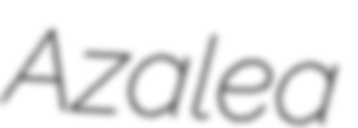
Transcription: Azalea